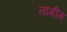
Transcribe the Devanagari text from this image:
तामीम